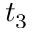
t _ { 3 }